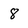
Character: 8